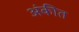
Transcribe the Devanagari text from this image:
अंकीत